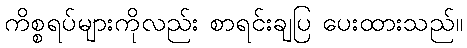
ကိစ္စရပ်များကိုလည်း စာရင်းချပြ ပေးထားသည်။